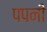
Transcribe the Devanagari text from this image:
पपनी